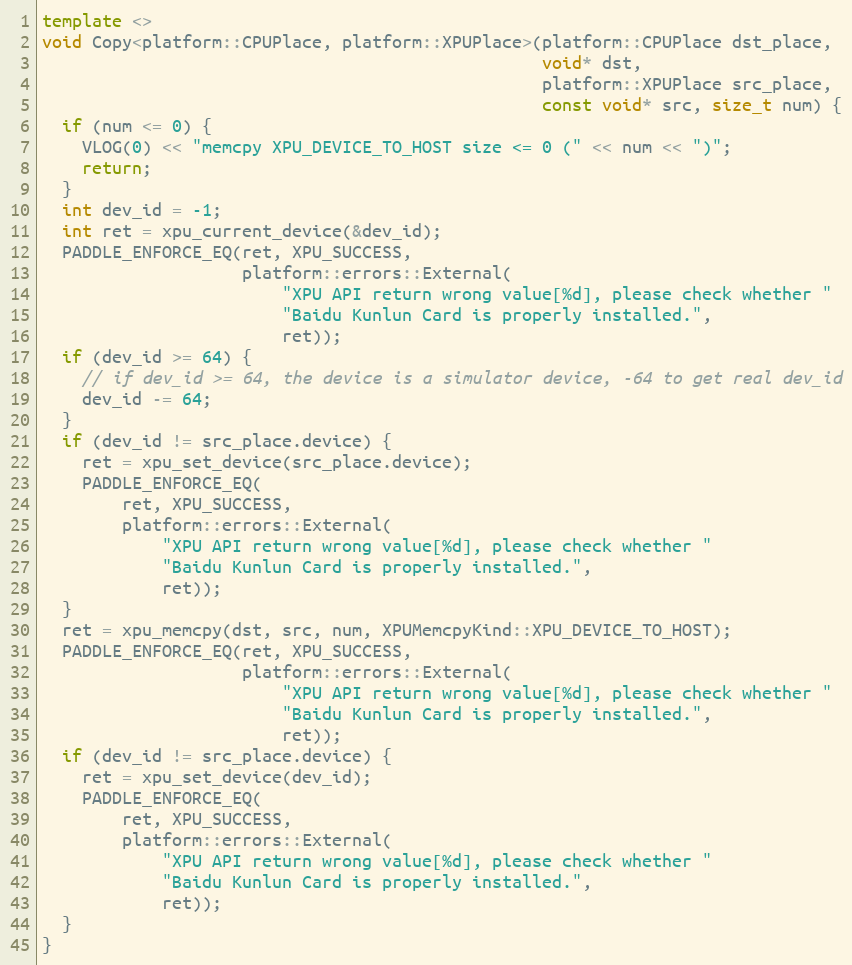
Language: C++
template <>
void Copy<platform::CPUPlace, platform::XPUPlace>(platform::CPUPlace dst_place,
                                                  void* dst,
                                                  platform::XPUPlace src_place,
                                                  const void* src, size_t num) {
  if (num <= 0) {
    VLOG(0) << "memcpy XPU_DEVICE_TO_HOST size <= 0 (" << num << ")";
    return;
  }
  int dev_id = -1;
  int ret = xpu_current_device(&dev_id);
  PADDLE_ENFORCE_EQ(ret, XPU_SUCCESS,
                    platform::errors::External(
                        "XPU API return wrong value[%d], please check whether "
                        "Baidu Kunlun Card is properly installed.",
                        ret));
  if (dev_id >= 64) {
    // if dev_id >= 64, the device is a simulator device, -64 to get real dev_id
    dev_id -= 64;
  }
  if (dev_id != src_place.device) {
    ret = xpu_set_device(src_place.device);
    PADDLE_ENFORCE_EQ(
        ret, XPU_SUCCESS,
        platform::errors::External(
            "XPU API return wrong value[%d], please check whether "
            "Baidu Kunlun Card is properly installed.",
            ret));
  }
  ret = xpu_memcpy(dst, src, num, XPUMemcpyKind::XPU_DEVICE_TO_HOST);
  PADDLE_ENFORCE_EQ(ret, XPU_SUCCESS,
                    platform::errors::External(
                        "XPU API return wrong value[%d], please check whether "
                        "Baidu Kunlun Card is properly installed.",
                        ret));
  if (dev_id != src_place.device) {
    ret = xpu_set_device(dev_id);
    PADDLE_ENFORCE_EQ(
        ret, XPU_SUCCESS,
        platform::errors::External(
            "XPU API return wrong value[%d], please check whether "
            "Baidu Kunlun Card is properly installed.",
            ret));
  }
}